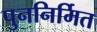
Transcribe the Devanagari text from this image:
पुननिर्मित